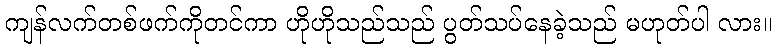
ကျန်လက်တစ်ဖက်ကိုတင်ကာ ဟိုဟိုသည်သည် ပွတ်သပ်နေခဲ့သည် မဟုတ်ပါ လား။